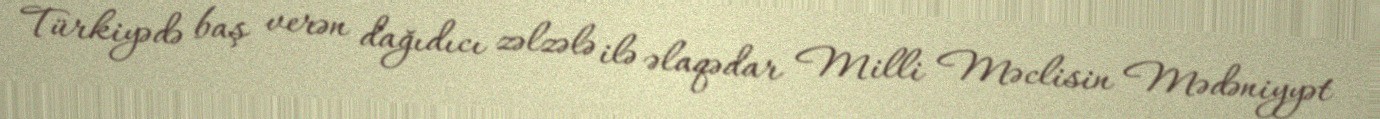
Türkiyədə baş verən dağıdıcı zəlzələ ilə əlaqədar Milli Məclisin Mədəniyyət